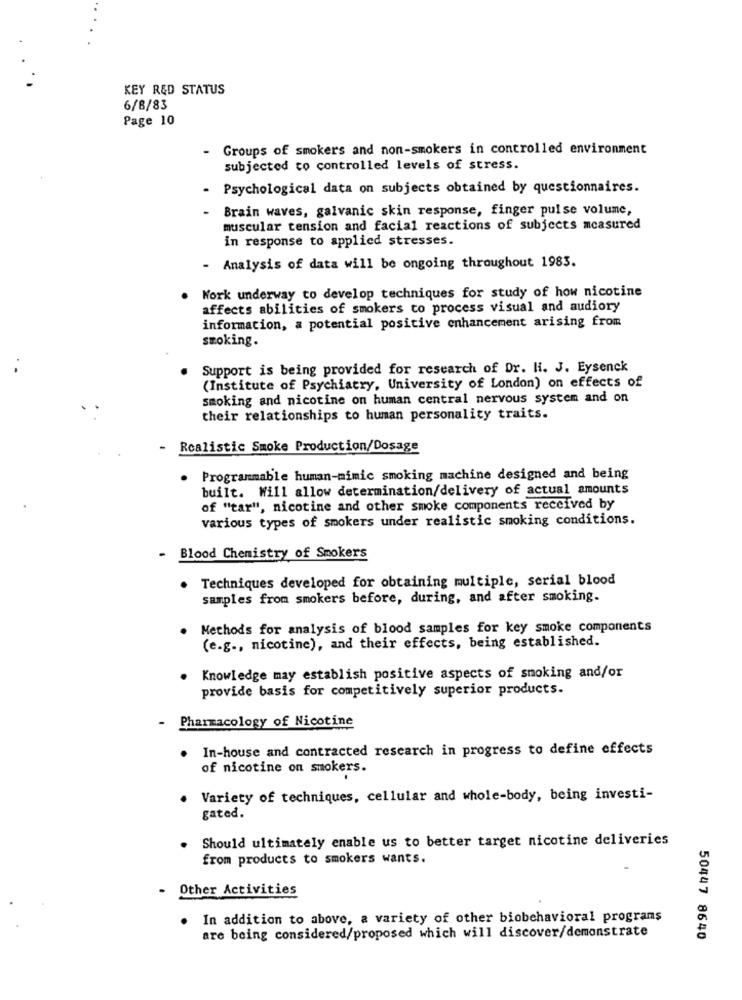
KEY R&D STATUS
6/8/83
Page 10
Groups of smokers and non-smokers in controlled environment
subjected to controlled levels of stress.
Psychological data on subjects obtained by questionnaires.
Brain waves, galvanic skin response, finger pulse volume,
muscular tension and facial reactions of subjects measured
in response to applied stresses.
- Analysis of data will be ongoing throughout 1983.
Work underway to develop techniques for study of how nicotine
affects abilities of smokers to process visual and audiory
information, a potential positive enhancement arising from
smoking.
Support is being provided for research of Dr. H. J. Eysenck
(Institute of Psychiatry, University of London) on effects of
smoking and nicotine on human central nervous system and on
their relationships to human personality traits.
-
Realistic Smoke Production/Dosage
. Programmable human-mimic smoking machine designed and being
built. Will allow determination/delivery of actual amounts
of "tar", nicotine and other smoke components received by
various types of smokers under realistic smoking conditions.
- Blood Chemistry of Smokers
Techniques developed for obtaining multiple, serial blood
samples from smokers before, during, and after smoking.
Methods for analysis of blood samples for key smoke components
(e.g ., nicotine), and their effects, being established.
. Knowledge may establish positive aspects of smoking and/or
provide basis for competitively superior products.
-
Pharmacology of Nicotine
In-house and contracted research in progress to define effects
of nicotine on smokers.
Variety of techniques, cellular and whole-body, being investi-
gated.
Should ultimately enable us to better target nicotine deliveries
from products to smokers wants.
Other Activities
. In addition to above, a variety of other biobehavioral programs
are being considered/proposed which will discover/demonstrate
50447 8640